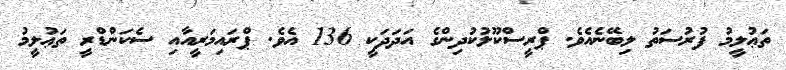
ތަޢުލީމު ފުރުސަތު ލިބޭނެއެވެ. ޕްރީސްކޫލުކުދިންގެ އަދަދަކީ 136 އެވެ. ޕްރައިމަރީއާއި ސެކަންޑްރީ ތަޢުލީމު